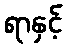
ရာနှင့်